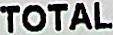
TOTAL